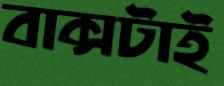
বাক্সটাই